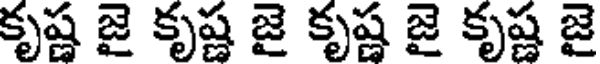
కృష్ణ జై కృష్ణ జై కృష్ణ జై కృష్ణ జై